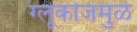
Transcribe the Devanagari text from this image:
ग्लूकोजमुळे